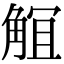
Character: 𧣬